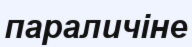
параличіне